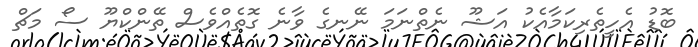
ބޮޑު އެހީތެރިކަމާއެކު އަޝޫ ނެތްނަމަ ނޭނގެ ވާނެ ގޮތެެއްވެސް ތޭންކްޔޫ ސޯ މަޗް